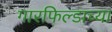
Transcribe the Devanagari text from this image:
गारफिल्डाच्या